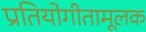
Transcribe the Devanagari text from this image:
प्रतियोगीतामूलक